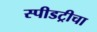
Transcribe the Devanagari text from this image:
स्पीडट्रीचा